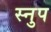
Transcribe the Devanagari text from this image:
स्नुप